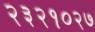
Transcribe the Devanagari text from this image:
२३२१०२७